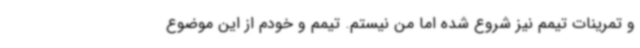
و تمرینات تیمم نیز شروع شده اما من نیستم. تیمم و خودم از این موضوع